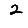
Digit: 2